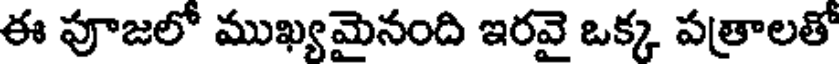
ఈ పూజలో ముఖ్యమైనంది ఇరవై ఒక్క పత్రాలతో